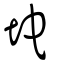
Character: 坨